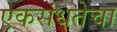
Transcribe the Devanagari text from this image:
एकसंधतेचा